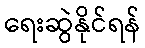
ရေးဆွဲနိုင်ရန်